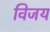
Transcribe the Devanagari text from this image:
विजय